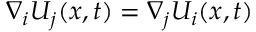
\nabla _ { i } U _ { j } ( x , t ) = \nabla _ { j } U _ { i } ( x , t )